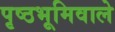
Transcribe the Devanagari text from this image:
पृष्ठभूमिवाले